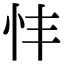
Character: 𢗒